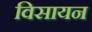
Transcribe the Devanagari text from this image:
विसायन